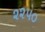
૨૨૫૦